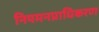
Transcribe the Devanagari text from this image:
नियमनप्राधिकरण